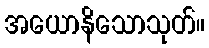
အယောနိသောသုတ်။